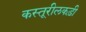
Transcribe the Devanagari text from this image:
कस्तूरीलकड़ी